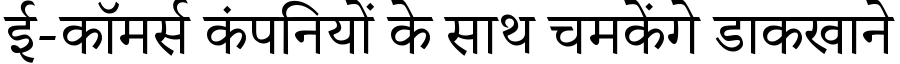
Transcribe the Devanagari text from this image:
ई-कॉमर्स कंपनियों के साथ चमकेंगे डाकखाने